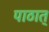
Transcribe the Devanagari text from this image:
पाठात्‌